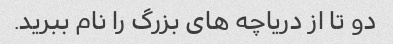
دو تا از دریاچه های بزرگ را نام ببرید.